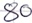
Text: 80